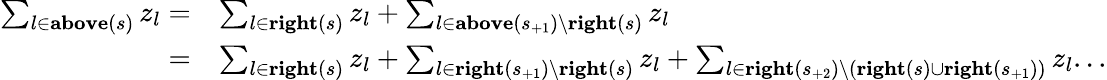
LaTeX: \begin{array}{rl}{\sum_{l\in\textbf{above}(s)}z_{l}=}&{\sum_{l\in\textbf{right}(s)}z_{l}+\sum_{l\in\textbf{above}(s_{+1})\setminus\textbf{right}(s)}z_{l}}\\ {=}&{\sum_{l\in\textbf{right}(s)}z_{l}+\sum_{l\in\textbf{right}(s_{+1})\setminus\textbf{right}(s)}z_{l}+\sum_{l\in\textbf{right}(s_{+2})\setminus(\textbf{right}(s)\cup\textbf{right}(s_{+1}))}z_{l}...}\end{array}